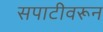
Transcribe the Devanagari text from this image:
सपाटीवरून